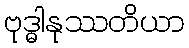
ဗုဒ္ဓါနုဿတိယာ